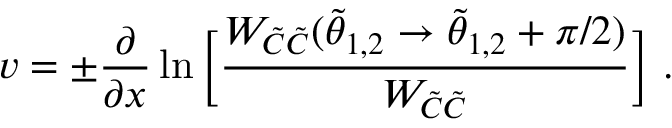
v = \pm { \frac { \partial } { \partial x } } \ln \bigg [ { \frac { W _ { \tilde { C } \tilde { C } } ( \tilde { \theta } _ { 1 , 2 } \rightarrow \tilde { \theta } _ { 1 , 2 } + \pi / 2 ) } { W _ { \tilde { C } \tilde { C } } } } \bigg ] ~ .